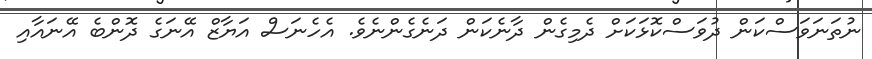
ނުތަނަވަސްކަން ދުވަސްކޮޅަކަށް ދެމިގެން ދާނެކަން ދަނެގެންނެވެ. އެހެނަސް އަޔާޒް އޭނަގެ ދޮންބެ އޭނައާއި